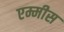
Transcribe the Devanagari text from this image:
एम्मीस